NAE_ERA_R-1992_EV_Ehitusministeerium, lk 8
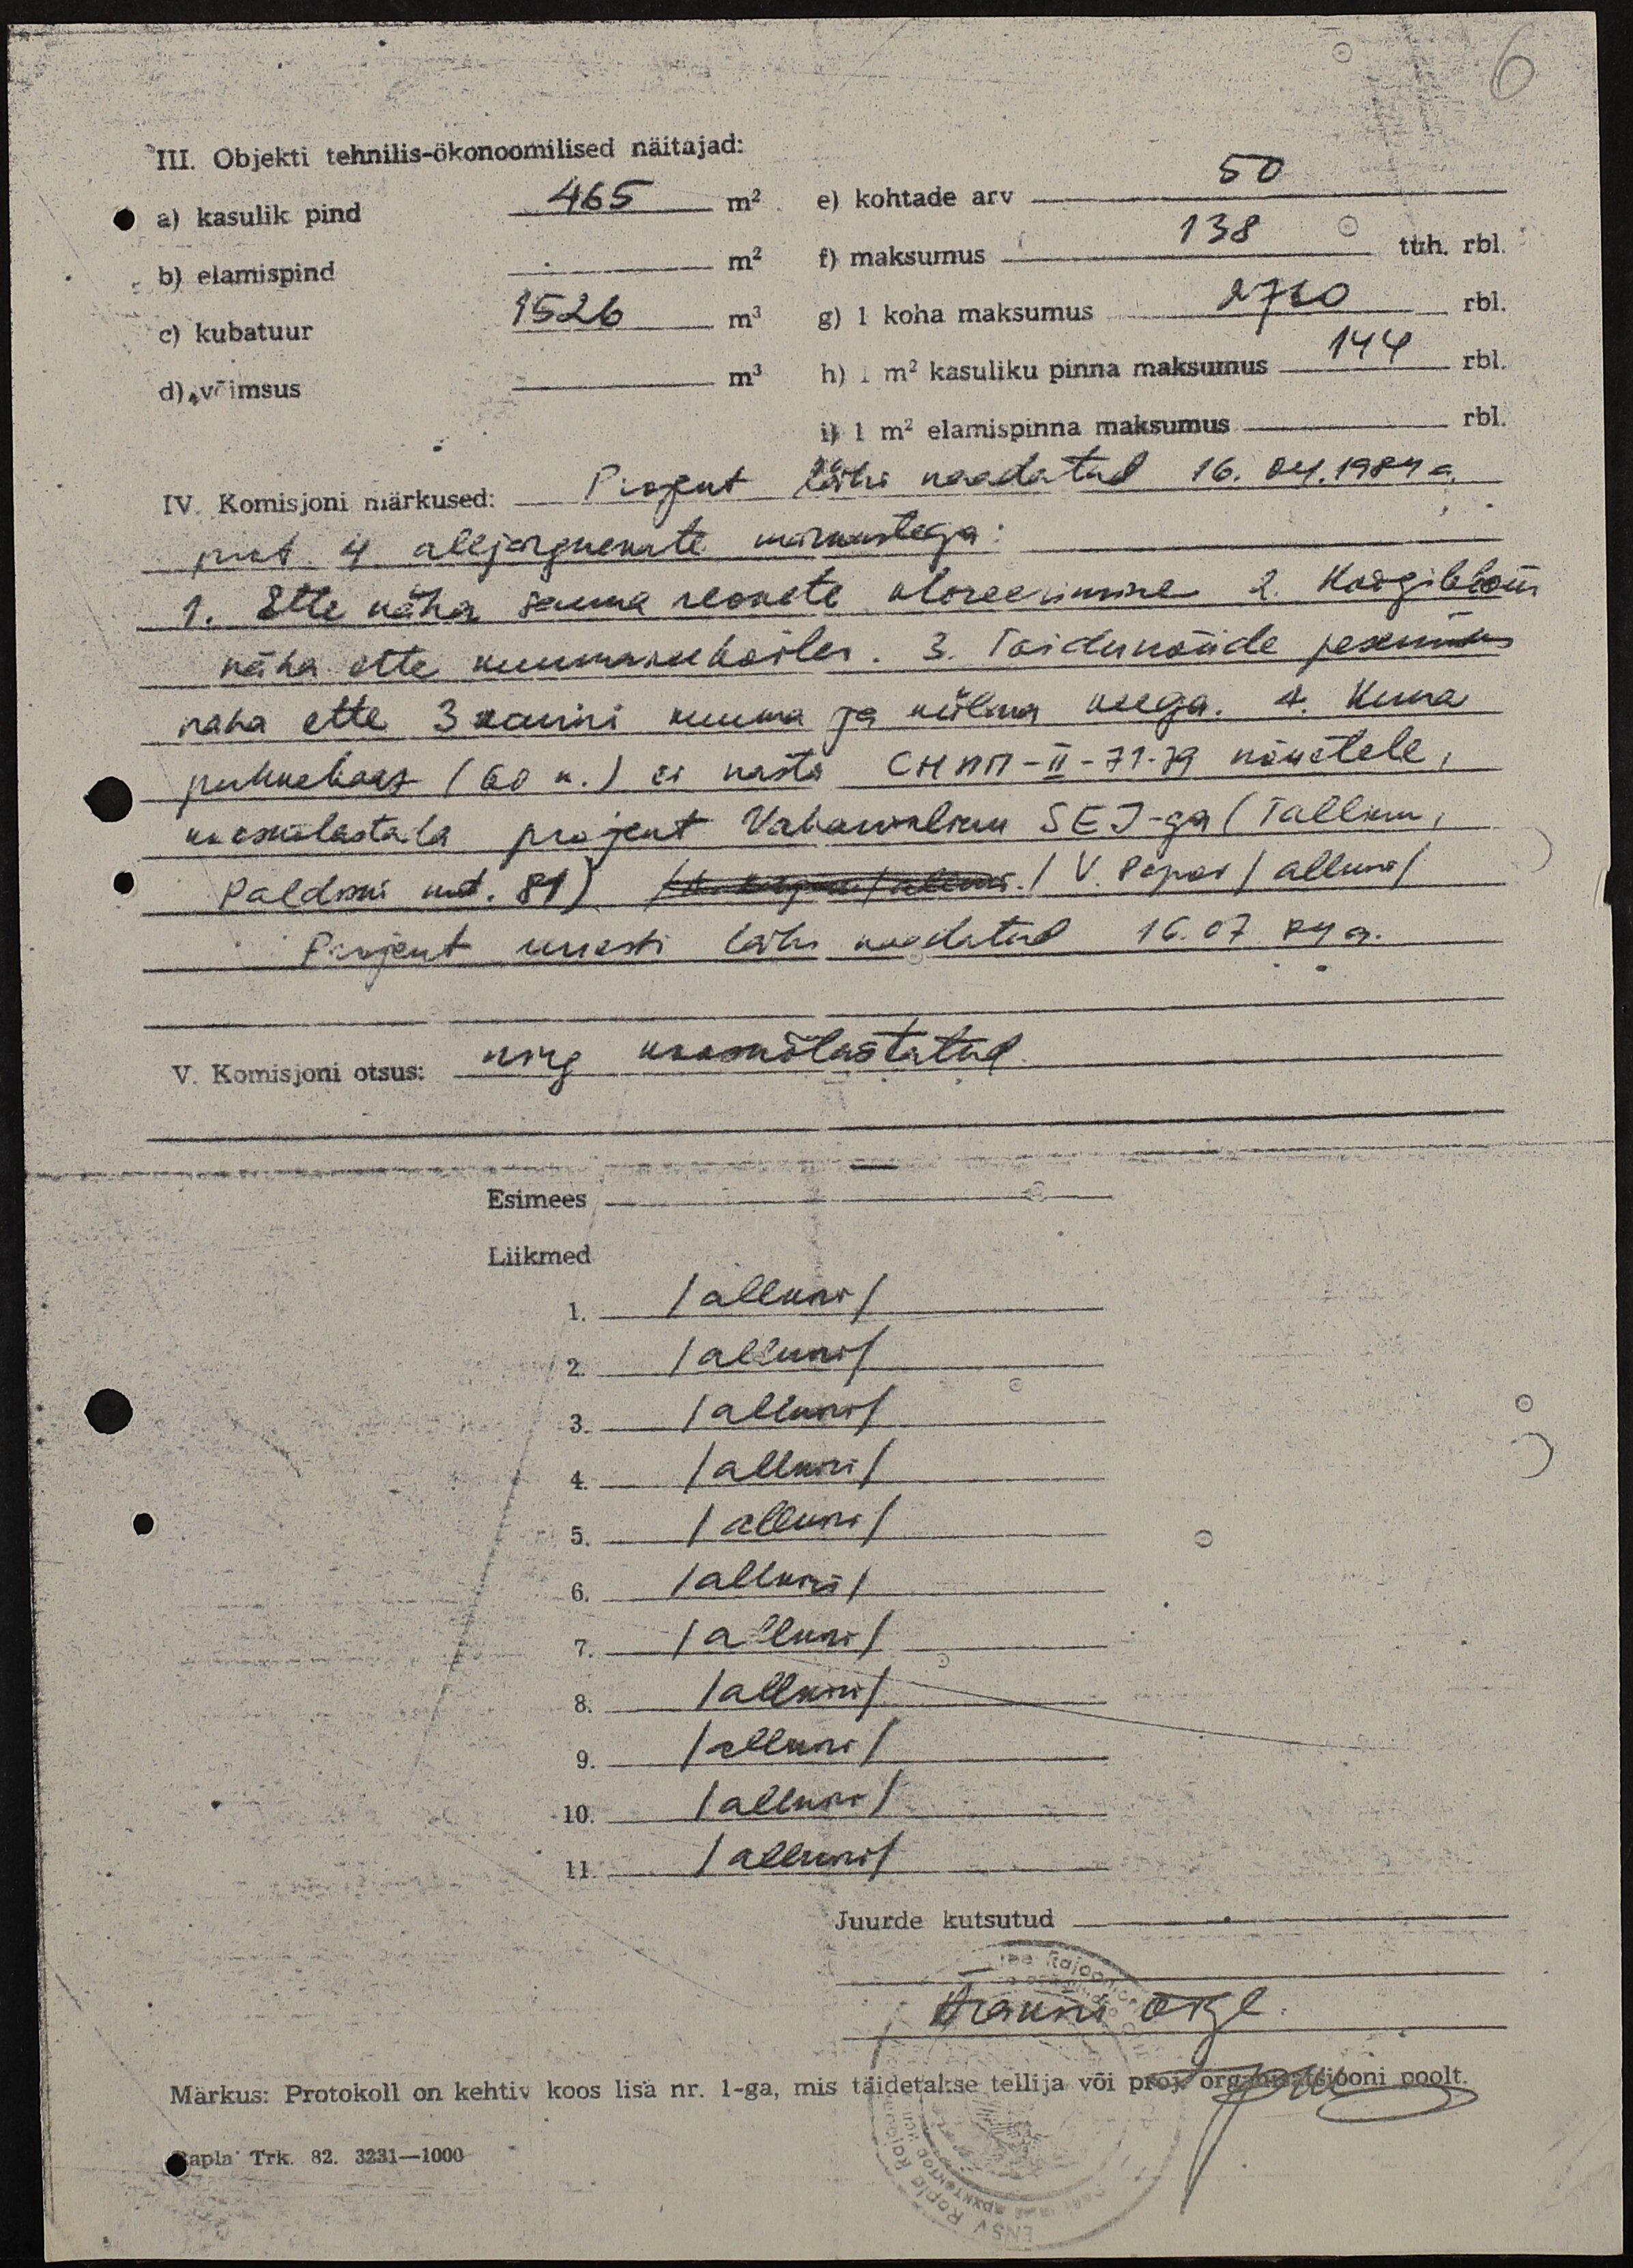
6
III. objekti tehnilis-ökonoomilised näitajad:
a) kasulik pind
465 m2
e) kohtade arv 50
b) elamispind
m2
f) maksumus 138 tuh. rbl.
c) kubatuur
1526 m3
g) 1 koha maksumus 2760 rbl.
d) võimsus
m3
h) 1 m2 kasuliku pinna maksumus 144 rbl.
i) 1 m2 elamispinna maksumus rbl.
IV. Komisjoni märkused: Projekt läbi vaadatud 16.04.1984 a.
pkt. 4. alljärgnevate märkustega
1. Ette näha sauna reovete kloreerimine 2. Köögibsoni
näha ette kuumavee boiler. 3. Toidunõude pesemiseks
naha ette 3 kausi kuuma ja külma veega. 4. Kuna
puhuchast (60 n.) ei vasta пемй-II-71-79 nõuetele,
kooskõlastada projekt Vabariikliku SEJ -ga (Tallinn,
Paldiski mnt. 81) / V. Popov / allkiri /
Projekt uuesti läbi vaadatud 16.07.84 a.
V. Komisjoni otsus: ning kooskõlastatud.
Esimees
Liikmed
1. / allkiri /
2. / allkiri /
3. / allkiri /
4. / allkiri /
5. / allkiri /
6. / allkiri /
7. / allkiri /
8. / allkiri /
9. / allkiri /
10. / allkiri /
11. / allkiri /
Juurde kutsutud
Ärakiri õige
Märkus: Protokoll on kehtiv koos lisa nr. 1-ga, mis täidetakse tellija või proj. organisatsiooni poolt.
Rapla Trk. 82. 3231-1000